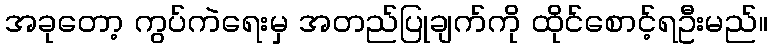
အခုတော့ ကွပ်ကဲရေးမှ အတည်ပြုချက်ကို ထိုင်စောင့်ရဦးမည်။